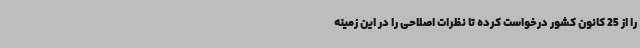
را از 25 کانون کشور درخواست کرده تا نظرات اصلاحی را در این زمینه